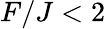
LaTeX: F/J<2